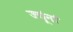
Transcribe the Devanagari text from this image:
ज्यूंनां